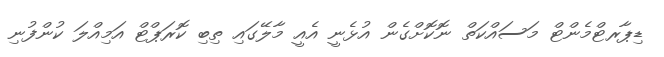
ޑިޕާރޓްމެންޓް މަސައްކަތް ނޮކޮށްގެން އުޅެނީ އެއީ މާލޭގައި ތިބި ކޮރަޕްޓް އަމިއްލަ ކުންފުނި